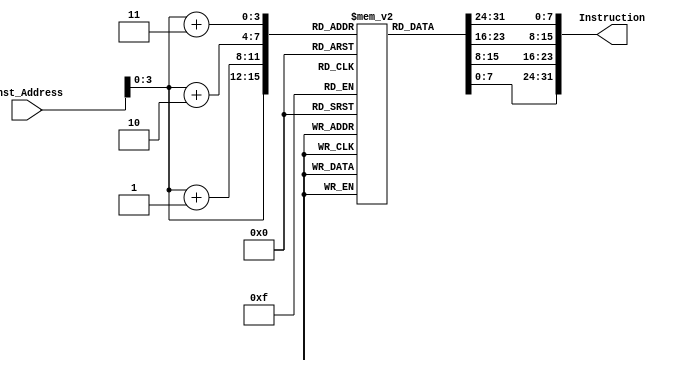
module Instruction_Memory
(
	input [63:0] Inst_Address,
	output [31:0] Instruction
);

	reg [7:0] memory [15:0];
	reg [31:0] ins;

	initial
	begin
		/*memory[0] = 8'b00110011; // add x10, x1, x2
		memory[1] = 8'b10000101;
		memory[2] = 8'b00100000;
		memory[3] = 8'b00000000;*/

		/*memory[0] = 8'b00110011; // sub x10, x2, x1
		memory[1] = 8'b00000101;
		memory[2] = 8'b00010001;
		memory[3] = 8'b01000000;*/

		/*memory[0] = 8'b00000011; // lw x10, 0(x0)
		memory[1] = 8'b00100101;
		memory[2] = 8'b00000000;
		memory[3] = 8'b00000000;*/

		/*memory[0] = 8'b00100011; // sw x10, 0(x0)
		memory[1] = 8'b00100000;
		memory[2] = 8'b10100000;
		memory[3] = 8'b00000000;*/

		/*memory[0] = 8'b01100011; // beq x0, x11, 8
		memory[1] = 8'b00000100;
		memory[2] = 8'b10110000;
		memory[3] = 8'b00000000;*/


		// ------------------------------------- Default Code --------------------------------------//
		memory[0] = 8'b10000011;
		memory[1] = 8'b00110100;
		memory[2] = 8'b10000101;
		memory[3] = 8'b00000010;

		memory[4] = 8'b10110011;
		memory[5] = 8'b10000100;
		memory[6] = 8'b10011010;
		memory[7] = 8'b00000000;
		
		memory[8] = 8'b10010011;
		memory[9] = 8'b10000100;
		memory[10] = 8'b00010100;
		memory[11] = 8'b00000000;
		
		memory[12] = 8'b00100011;
		memory[13] = 8'b00100100;
		memory[14] = 8'b10010101;
		memory[15] = 8'b00000010;
	end
	
	always @ (Inst_Address)
		begin
			ins = {memory[Inst_Address+3],memory[Inst_Address+2],memory[Inst_Address+1],memory[Inst_Address]};

		end
	
	assign Instruction = ins;

endmodule